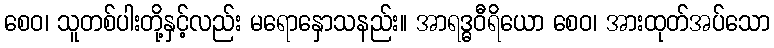
စေဝ၊ သူတစ်ပါးတို့နှင့်လည်း မရောနှောသနည်း။ အာရဒ္ဓဝီရိယော စေဝ၊ အားထုတ်အပ်သော